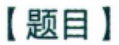
【题目】